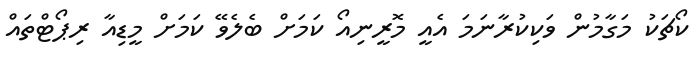
ކޯޗަކު މަގާމުން ވަކިކުރާނަމަ އެއީ މޮރީނިއޯ ކަމަށް ބެލެވޭ ކަމަަށް މީޑިއާ ރިޕޯޓްތައް